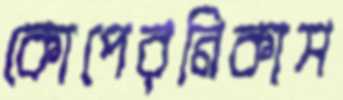
কোপেরনিকাস